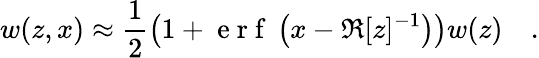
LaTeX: w(z,x)\approx\frac{1}{2}\left(1+\mathrm{~e~r~f~}\left(x-\Re[z]^{-1}\right)\right)w(z)\quad.